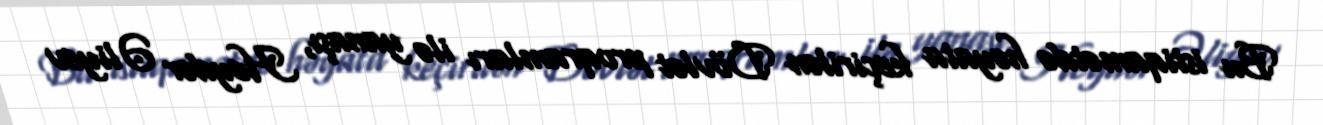
Bu istiqamətdə həyata keçirilən Dövlət proqramları ilə yanaşı, Heydər Əliyev